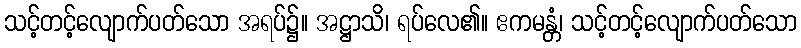
သင့်တင့်လျောက်ပတ်သော အရပ်၌။ အဋ္ဌာသိ၊ ရပ်လေ၏။ ဧကမန္တံ၊ သင့်တင့်လျောက်ပတ်သော